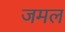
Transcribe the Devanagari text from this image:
जमल